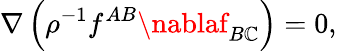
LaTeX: \nabla\left(\rho^{-1}f^{AB}\nablaf_{B\mathbb{C}}\right)=0,